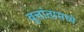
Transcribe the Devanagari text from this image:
वृत्तांतामध्ये